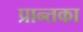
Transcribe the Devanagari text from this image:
प्रान्तका